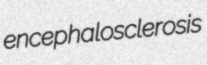
encephalosclerosis